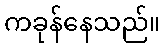
ကခုန်နေသည်။